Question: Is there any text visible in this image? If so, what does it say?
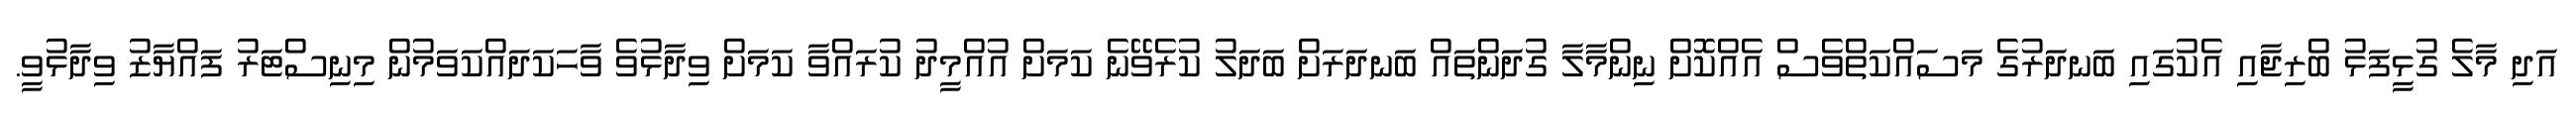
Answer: އަދި މާލެ ގުޅީފަޅު ބްރިޖާއި އެކުގައި ބަނދަރުގެ މަސައްކަތްވެސް އެއްކޮށް ނިންމާލާ ގުދަންތައް ބަނދަރަށް ބަދަލު ކުރެވޭނެ ކަމަށް އުއްމީދު ކުރައްވާ ކަމަށް ވިދާޅުވެ ވާހަކަދައްކަވަމުން މިނިސްޓަރު ފައްޔާޒު ވިދާޅުވީ.